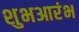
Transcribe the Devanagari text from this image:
शुभआरंभ